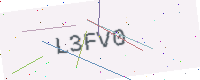
Text: L3FV0